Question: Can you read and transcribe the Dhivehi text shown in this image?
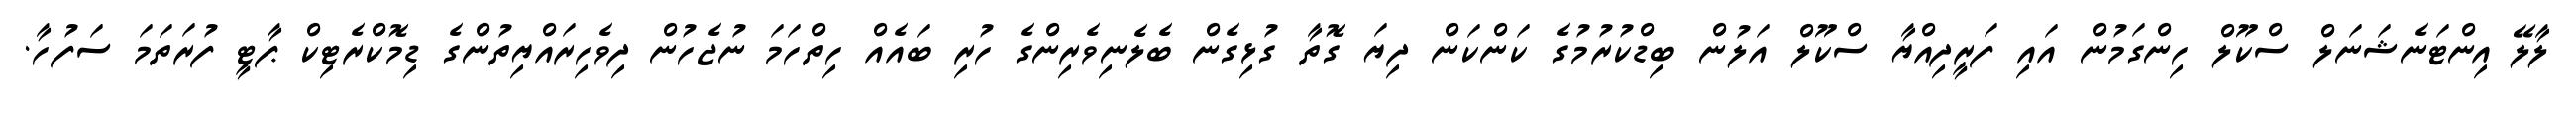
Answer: ލާލޭ އިންޓަނެޝަނަލް ސްކޫލް ހިންގަމުން އައި ފަރީދިއްޔާ ސްކޫލް އަލުން ބިޑްކުރުމުގެ ކަންކަން ދިޔަ ގޮތާ ގުޅިގެން ބެލެނިވެރިންގެ ހުރި ބައެއް ހިތްހަމަ ނުޖެހުން ދިވެހިރައްޔިތުންގެ ޑިމޮކްރެޓިކް ޕާޓީ ފުރަތަމަ ސަފުހާ.